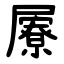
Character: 屪